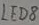
Text: LED8